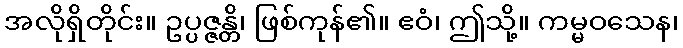
အလိုရှိတိုင်း။ ဥပ္ပဇ္ဇန္တိ၊ ဖြစ်ကုန်၏။ ဧဝံ၊ ဤသို့။ ကမ္မဝသေန၊